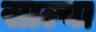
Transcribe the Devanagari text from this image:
साल्या